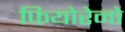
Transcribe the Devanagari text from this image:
फियोरेनो